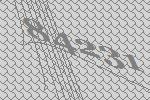
84231